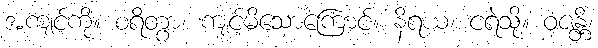
အကျင့်ကို။ စရိတွာ၊ ကျင့်မိသောကြောင့်။ နိရယံ၊ ငရဲသို့။ ဝဇန္တိ၊